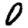
Digit: 0